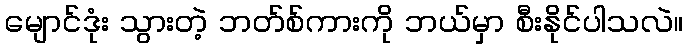
မျောင်ဒုံး သွားတဲ့ ဘတ်စ်ကားကို ဘယ်မှာ စီးနိုင်ပါသလဲ။